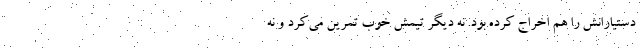
دستیارانش را هم اخراج کرده بود. نه دیگر تیمش خوب تمرین می‌کرد و نه